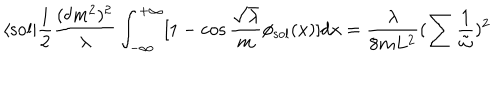
\langle \mathrm { s o l } | \frac { 1 } { 2 } \frac { ( \delta m ^ { 2 } ) ^ { 2 } } { \lambda } \int _ { - \infty } ^ { + \infty } [ 1 - \cos \frac { \sqrt { \lambda } } { m } \phi _ { \mathrm { s o l } } ( x ) ] d x = \frac { \lambda } { 8 m L ^ { 2 } } ( \sum \frac { 1 } { \tilde { \omega } } ) ^ { 2 }